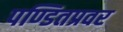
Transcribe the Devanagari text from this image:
पण्डितप्रवर